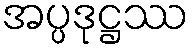
အပ္ပဒုဋ္ဌဿ